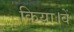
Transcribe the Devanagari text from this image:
किया।वें